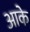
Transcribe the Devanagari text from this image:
अाके